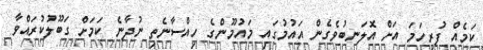
ކަމެއް ފުރިހަމަ އަށް އޮލަނބުވެގެން އައުމުގައި މައުމޫންގެ ހިއްސާނެތި ނުދާނެ ކަމަށް ގަބޫލުކުރައްވާ